Rangoon Lunatic Asylum 1878-1892 - 1878-1892
Year: 1878
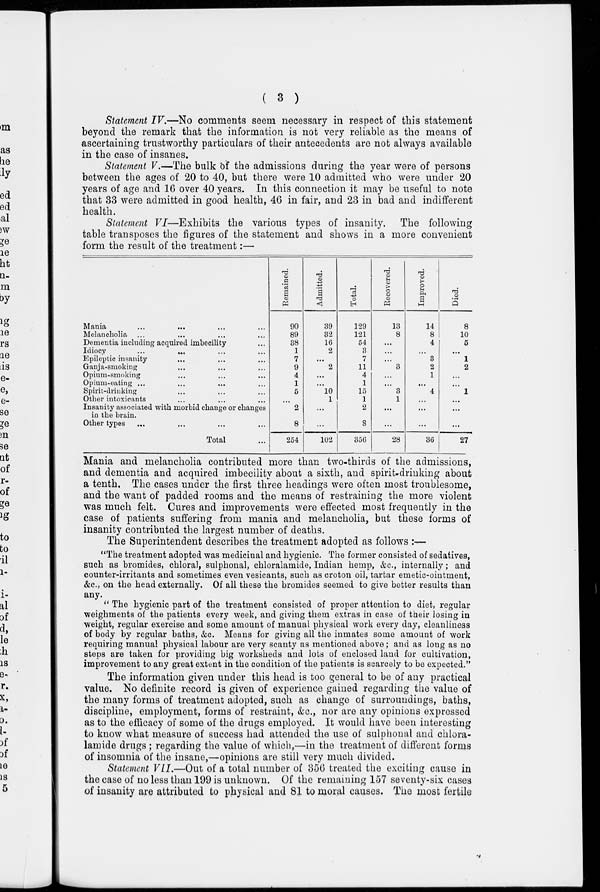
( 3 )
Statement IV.—No comments seem necessary in respect of this statement
beyond the remark that the information is not very reliable as the means of
ascertaining trustworthy particulars of their antecedents are not always available
in the case of insanes.
Statement V.—The bulk of the admissions during the year were of persons
between the ages of 20 to 40, but there were 10 admitted who were under 20
years of age and 16 over 40 years. In this connection it may be useful to note
that 33 were admitted in good health, 46 in fair, and 23 in bad and indifferent
health.
Statement VI—Exhibits the various types of insanity. The following
table transposes the figures of the statement and shows in a more convenient
form the result of the treatment:—
Mania ... ... ... ...
Melancholia ... ... ... ...
Dementia including acquired imbecility ...
Idiocy ... ... ... ...
Epileptic insanity ... ... ...
Ganja-smoking ... ... ...
Opium-smoking ... ... ...
Opium-eating ... ... ... ...
Spirit-drinking ... ... ...
Other intoxicants ... ... ...
Insanity associated with morbid change or changes
in the brain.
Other types ... ... ... ...
Total ...
Remained.
90
89
38
1
7
9
4
1
5
...
2
8
254
Admitted.
39
32
16
2
...
2
...
...
10
1
...
...
102
Total.
129
121
54
3
7
11
4
1
15
1
2
8
356
Recovered.
13
8
...
...
...
3
...
...
3
1
...
...
28
Improved.
14
8
4
...
3
2
1
...
4
...
...
...
36
Died.
8
10
5
...
1
2
...
...
1
...
...
...
27
Mania and melancholia contributed more than two-thirds of the admissions,
and dementia and acquired imbecility about a sixth, and spirit-drinking about
a tenth. The cases under the first three headings were often most troublesome,
and the want of padded rooms and the means of restraining the more violent
was much felt. Cures and improvements were effected most frequently in the
case of patients suffering from mania and melancholia, but these forms of
insanity contributed the largest number of deaths.
The Superintendent describes the treatment adopted as follows :—
"The treatment adopted was medicinal and hygienic. The former consisted of sedatives,
such as bromides, chloral, sulphonal, chloralamide, Indian hemp, &c., internally; and
counter-irritants and sometimes even vesicants, such as croton oil, tartar emetic-ointment,
&c, on the head externally. Of all these the bromides seemed to give better results than
any.
" The hygienic part of the treatment consisted of proper attention to diet, regular
weighments of the patients every week, and giving them extras in case of their losing in
weight, regular exercise and some amount of manual physical work every day, cleanliness
of body by regular baths, &c. Means for giving all the inmates some amount of work
requiring manual physical labour are very scanty as mentioned above; and as long as no
steps are taken for providing big worksheds and lots of enclosed land for cultivation,
improvement to any great extent in the condition of the patients is scarcely to be expected."
The information given under this head is too general to be of any practical
value. No definite record is given of experience gained regarding the value of
the many forms of treatment adopted, such as change of surroundings, baths,
discipline, employment, forms of restraint, &c., nor are any opinions expressed
as to the efficacy of some of the drugs employed. It would have been interesting
to know what measure of success had attended the use of sulphonal and chlora-
lamide drugs ; regarding the value of which,—in the treatment of different forms
of insomnia of the insane,—opinions are still very much divided.
Statement VII.—Out of a total number of 356 treated the exciting cause in
the case of no less than 199 is unknown. Of the remaining 157 seventy-six cases
of insanity are attributed to physical and 81 to moral causes. The most fertile